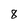
Character: 8